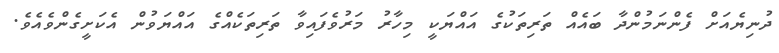
ދުނިޔެއަށް ފެންނަމުންދާ ބައެއް ތަރިތަކުގެ އައްޔަކީ މިހާރު މަރުވެފައިވާ ތަރިތަކެއްގެ އައްޔަވުން އެކަށީގެންވެއެވެ.